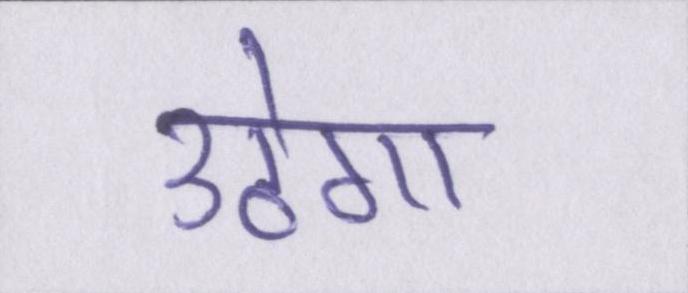
उठेगा